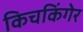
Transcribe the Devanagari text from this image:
किचकिंगेर